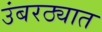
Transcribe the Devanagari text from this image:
उंबरठ्यात